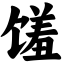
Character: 馐